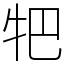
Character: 㸭